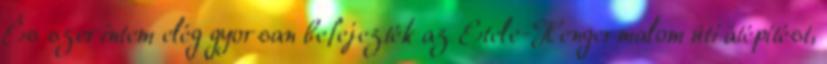
És szerintem elég gyorsan befejezték az Etele-Hengermalom úti átépítést,